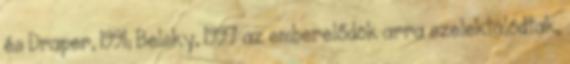
és Draper, 1991; Belsky, 1997 az emberelődök arra szelektálódtak,